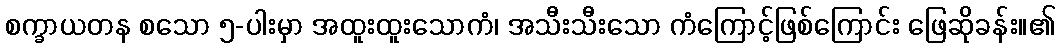
စက္ခာယတန စသော ၅-ပါးမှာ အထူးထူးသောကံ၊ အသီးသီးသော ကံကြောင့်ဖြစ်ကြောင်း ဖြေဆိုခန်း။၏